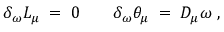
\delta _ { \omega } L _ { \mu } \; = \; 0 \; \; \; \; \; \; \; \delta _ { \omega } \theta _ { \mu } \; = \; D _ { \mu } \omega \; ,